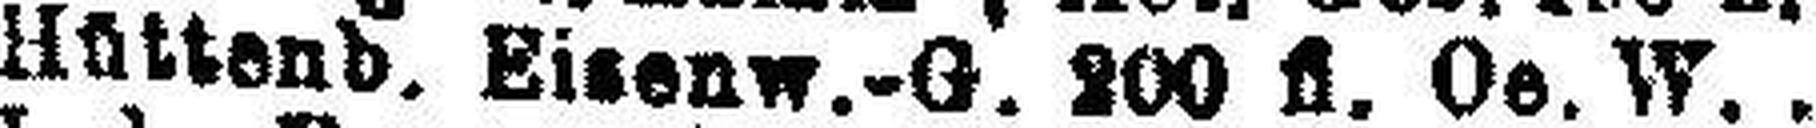
Hüttend. Bisenw.-G. 200 fl. Oe. W.